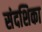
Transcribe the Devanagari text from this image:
संदशिका